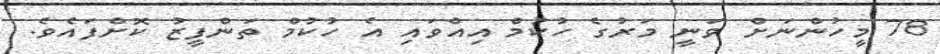
78 މީހުންނަށް ވަނީ މަރުގެ ހުކުމް އިއްވައި އެ ހުކުމް ތަންފީޒު ކޮށްފައެވެ.